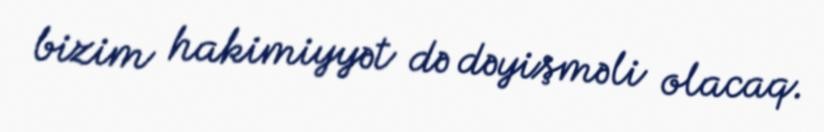
bizim hakimiyyət də dəyişməli olacaq.